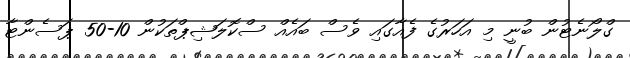
ގްލޯނެޓުން ބުނީ މި އަހަރުގެ ފެއާގައި ވެސް ބައެއް ސްކޮލަޝިޕްތަކުން 10-50 ޕަސެންޓާ